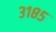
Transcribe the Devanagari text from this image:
३१८५